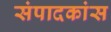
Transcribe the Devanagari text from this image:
संपादकांस